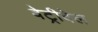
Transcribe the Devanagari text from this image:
वेट्रीवेल